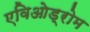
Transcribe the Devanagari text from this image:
एविओड्रोम